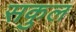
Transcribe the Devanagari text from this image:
सकुल